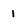
Character: 1